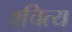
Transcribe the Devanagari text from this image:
अचित्य